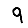
Digit: 9